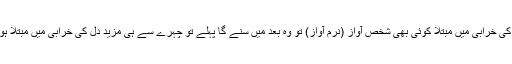
دل کی خرابی میں مبتلا کوئی بھی شخص آواز (نرم آواز) تو وہ بعد میں سنے گا پہلے تو چہرے سے ہی مزید دل کی خرابی میں مبتلا ہو گا۔